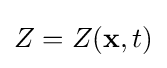
Z=Z(\mathbf {x} ,t)